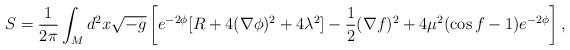
LaTeX: \begin{align*}S=\frac{1}{2\pi}\int_M d^2 x \sqrt{-g}\left[e^{-2\phi}[R+4(\nabla \phi)^2 +4\lambda^2]-\frac{1}{2}(\nabla f)^2+4\mu^2(\cos f-1) e^{-2\phi}\right], \end{align*}